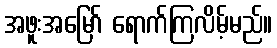
အဖူးအမြော် ရောက်ကြလိမ့်မည်။